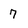
Character: 7